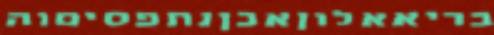
בריאאלוןאכןנתפסיםוה